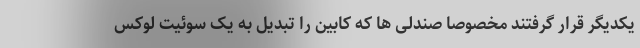
یکدیگر قرار گرفتند مخصوصا صندلی ها که کابین را تبدیل به یک سوئیت لوکس